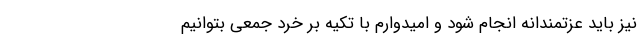
نیز باید عزتمندانه انجام شود و امیدوارم با تکیه بر خرد جمعی بتوانیم